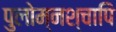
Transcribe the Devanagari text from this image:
पुलोम्नश्चापि